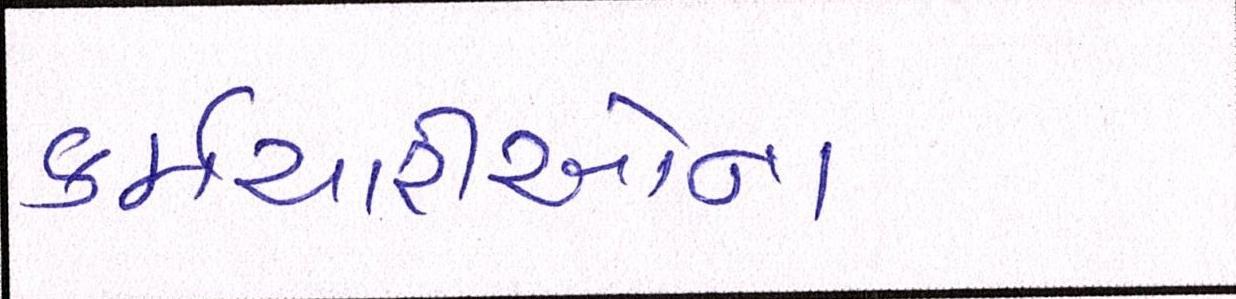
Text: કર્મચારીઓના